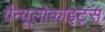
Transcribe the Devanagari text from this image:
ग्रैन्यूलोकाइट्स